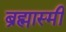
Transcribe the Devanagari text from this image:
ब्रह्मास्मी